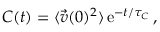
C ( t ) = \langle \vec { v } ( 0 ) ^ { 2 } \rangle \, \mathrm { e } ^ { - t / \tau _ { C } } \, ,